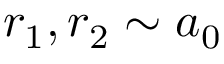
r _ { 1 } , r _ { 2 } \sim a _ { 0 }